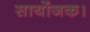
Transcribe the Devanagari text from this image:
सायोंजक।